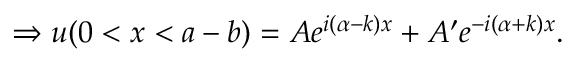
\Rightarrow u ( 0 < x < a - b ) = A e ^ { i ( \alpha - k ) x } + A ^ { \prime } e ^ { - i ( \alpha + k ) x } . \,